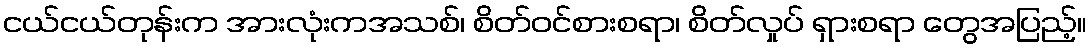
ငယ်ငယ်တုန်းက အားလုံးကအသစ်၊ စိတ်ဝင်စားစရာ၊ စိတ်လှုပ် ရှားစရာ တွေအပြည့်။